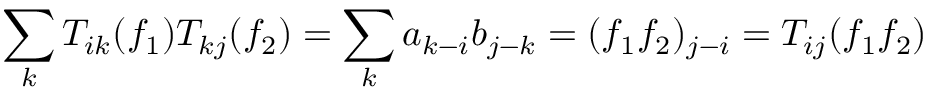
\sum _ { k } T _ { i k } ( f _ { 1 } ) T _ { k j } ( f _ { 2 } ) = \sum _ { k } a _ { k - i } b _ { j - k } = ( f _ { 1 } f _ { 2 } ) _ { j - i } = T _ { i j } ( f _ { 1 } f _ { 2 } )